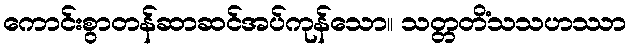
ကောင်းစွာတန်ဆာဆင်အပ်ကုန်သော။ သတ္တတိံသသဟဿာ